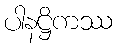
ပါနဋ္ဌိကဿ